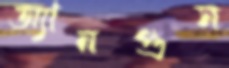
অ্যানগুস